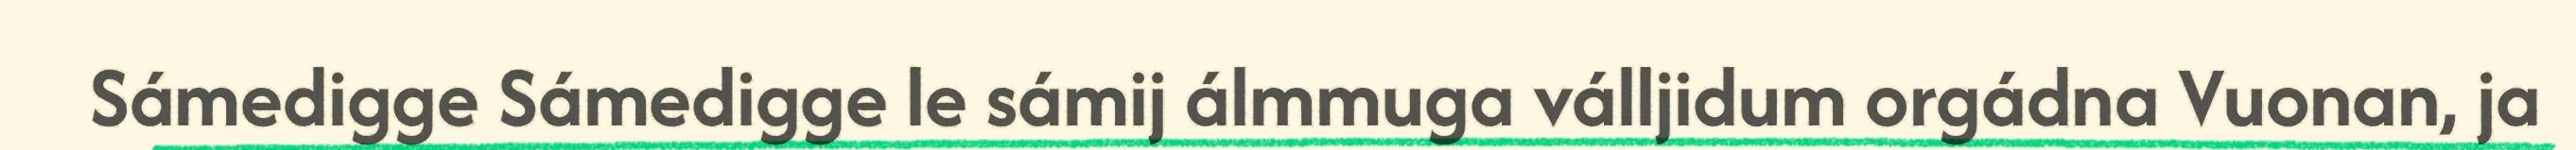
Sámedigge Sámedigge le sámij álmmuga válljidum orgádna Vuonan, ja